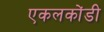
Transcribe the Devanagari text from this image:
एकलकोंडी